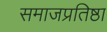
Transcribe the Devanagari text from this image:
समाजप्रतिष्ठा